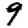
Digit: 9